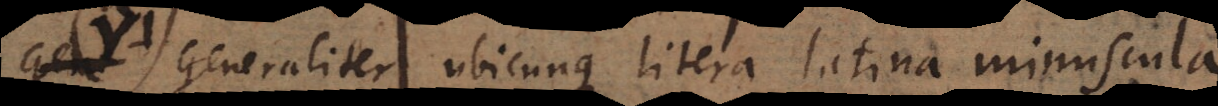
Generaliter ubicunque litera latina minuscula